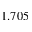
1 . 7 0 5